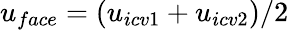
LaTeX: \displaystyle{u_{face}=(u_{icv1}+u_{icv2}})/2